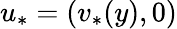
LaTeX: u_{*}=(v_{*}(y),0)